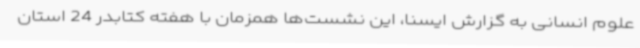
علوم انسانی به گزارش ایسنا، این نشست‌ها همزمان با هفته کتابدر 24 استان